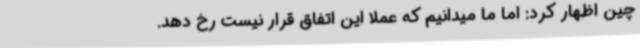
چین اظهار کرد: اما ما میدانیم که عملا این اتفاق قرار نیست رخ دهد.